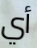
أي